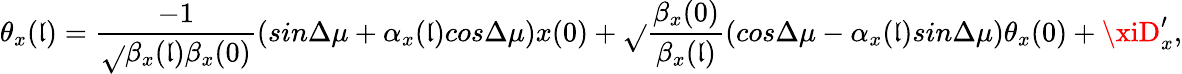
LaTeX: \theta_{x}(\mathfrak{l})={\frac{{-1}}{{\sqrt{}{{{\beta_{x}}(\mathfrak{l})\beta_{x}(0)}}}}}(sin{\Delta{\mu}}+\alpha_{x}(\mathfrak{l})cos{\Delta{\mu}})x(0)+\sqrt{}{{\frac{{{\beta_{x}}(0)}}{{\beta_{x}(\mathfrak{l})}}}}(cos{\Delta{\mu}}-\alpha_{x}(\mathfrak{l})sin{\Delta{\mu}})\theta_{x}(0)+\xiD_{x}^{\prime},